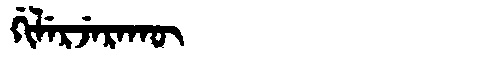
Manchu: ᡤᡳᠯᡝᡵᠵᡝᡵᠠᡴᡡ
Romanization: GILERJERAKŪ